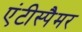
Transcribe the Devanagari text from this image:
एंटीस्पैमर